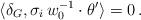
LaTeX: \begin{align*}\langle \delta_G, \sigma_i\,w_0^{-1}\cdot\theta'\rangle= 0\,. \end{align*}